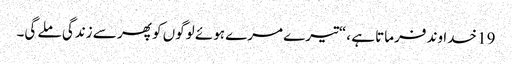
19 خدا وند فرماتا ہے ،“تیرے مرے ہوئے لوگوں کو پھر سے زندگی ملے گی۔